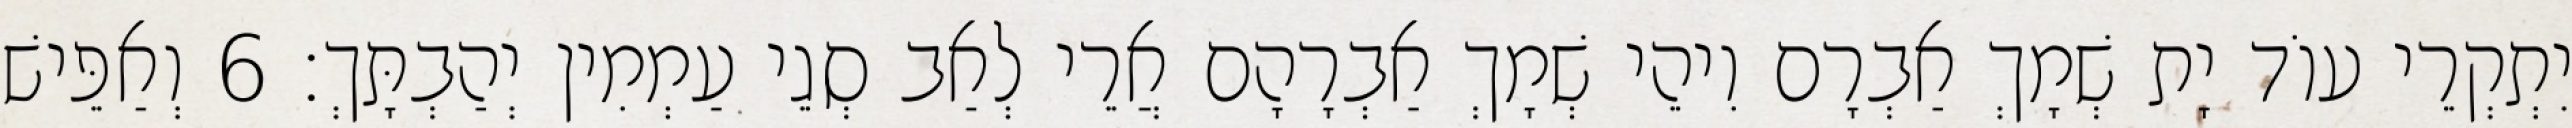
יִתְקְרֵי עוֹד יָת שְׁמָךְ אַבְרָם וִיהֵי שְׁמָךְ אַבְרָהָם אֲרֵי לְאַב סְגֵי עַמְמִין יְהַבְתָּךְ׃ 6 וְאַפֵּישׁ